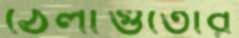
ঠেলাগুঁতোর